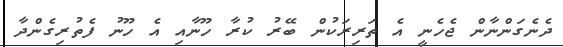
ދެނެގަންނާން ޖެހެނީ އެ ތަރިރަކުން ބޭރު ކުރާ ހޫނާއި އެ ހޫނު ފެތުރިގެންދާ